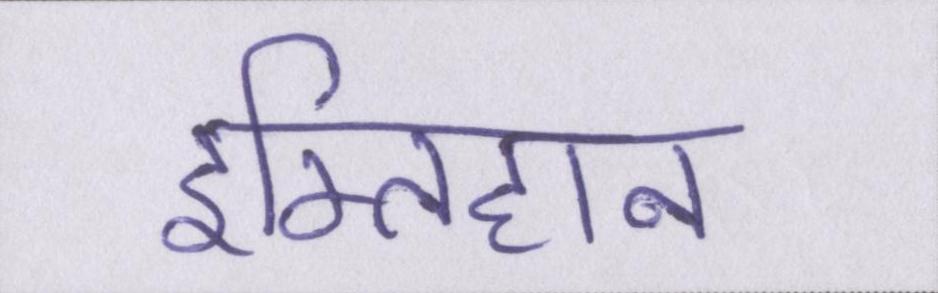
इम्तिहान